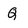
Character: Q